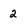
Character: 2